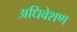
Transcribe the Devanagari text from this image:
अधिवेशण